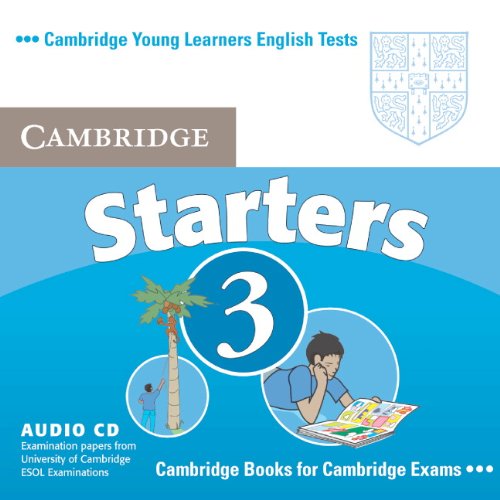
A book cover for Cambridge Young Learners English Tests Starters 3 Audio CD: Examination Papers from the University of Cambridge ESOL Examinations; Cambridge ESOL; Children's Books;